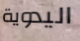
اليدوية